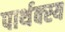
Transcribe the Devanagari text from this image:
पार्थक्स्य